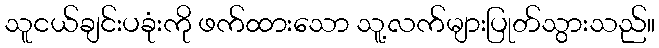
သူငယ်ချင်းပခုံးကို ဖက်ထားသော သူ့လက်များပြုတ်သွားသည်။